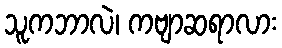
သူကဘာလဲ၊ ကဗျာဆရာလား